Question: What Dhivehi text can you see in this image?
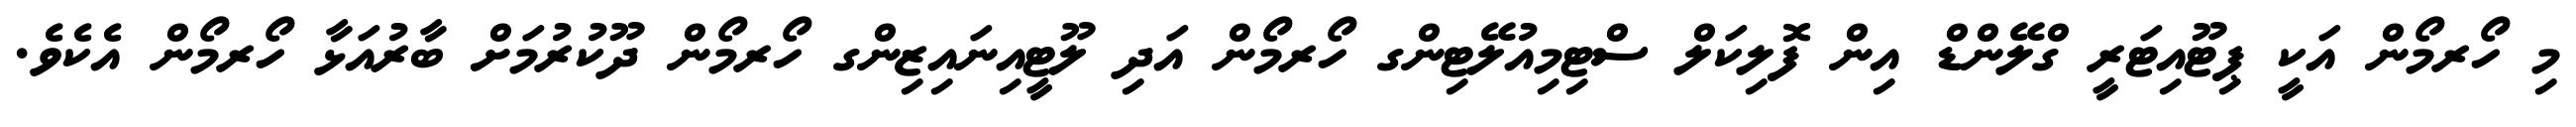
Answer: މި ހޯރމޯން އަކީ ޕިޓޫއިޓަރީ ގްލޭންޑް އިން ފޮލިކަލް ސްޓިމިއުލޭޓިންގ ހޯރމޯން އަދި ލޫޓީއިނައިޒިންގ ހޯރމޯން ދޫކުރުމަށް ބާރުއަޅާ ހޯރމޯން އެކެވެ.